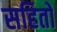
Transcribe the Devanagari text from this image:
सहितों